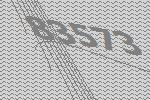
83573